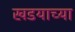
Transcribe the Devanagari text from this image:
खडयाच्या